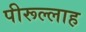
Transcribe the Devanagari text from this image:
पीरूल्लाह